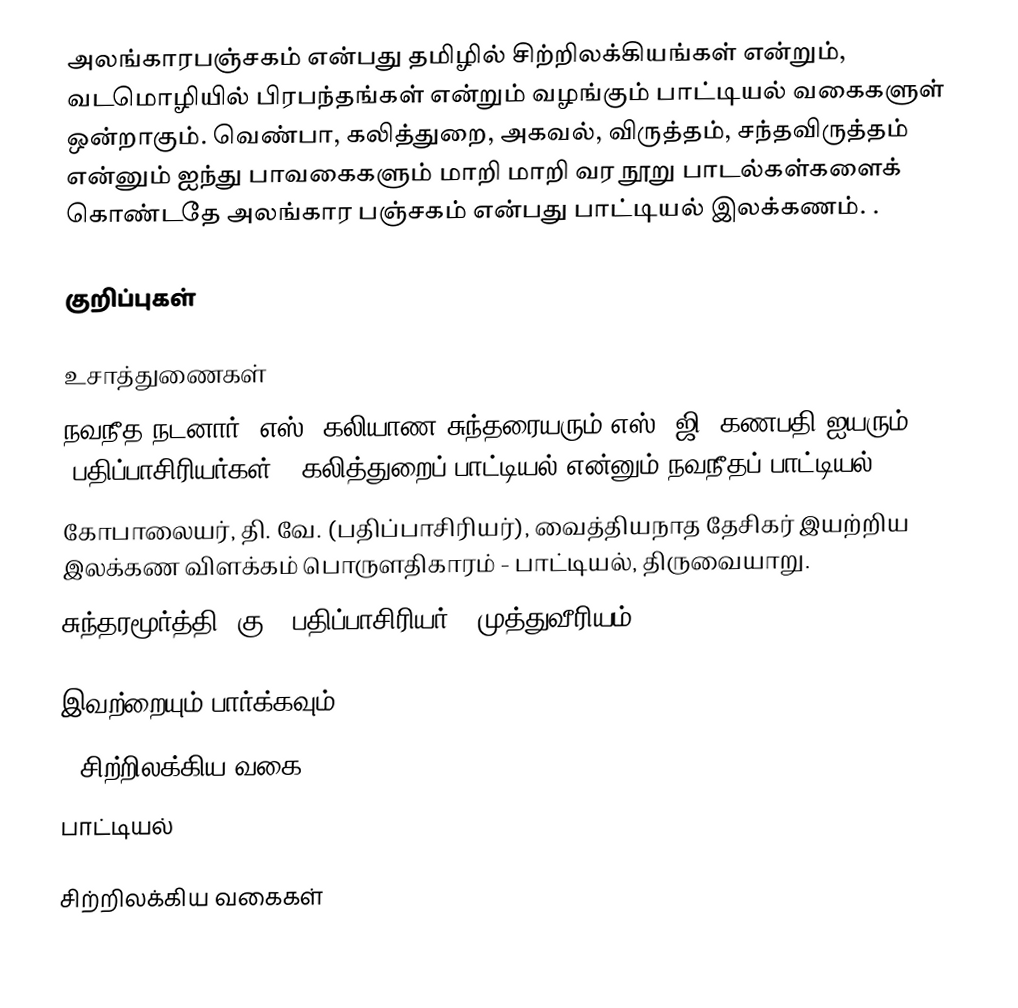
அலங்காரபஞ்சகம் என்பது தமிழில் சிற்றிலக்கியங்கள் என்றும், வடமொழியில் பிரபந்தங்கள் என்றும் வழங்கும் பாட்டியல் வகைகளுள் ஒன்றாகும். வெண்பா, கலித்துறை, அகவல், விருத்தம், சந்தவிருத்தம் என்னும் ஐந்து பாவகைகளும் மாறி மாறி வர நூறு பாடல்கள்களைக் கொண்டதே அலங்கார பஞ்சகம் என்பது பாட்டியல் இலக்கணம். .

குறிப்புகள்

உசாத்துணைகள்
 நவநீத நடனார், எஸ். கலியாண சுந்தரையரும் எஸ், ஜி. கணபதி ஐயரும் (பதிப்பாசிரியர்கள்), கலித்துறைப் பாட்டியல் என்னும் நவநீதப் பாட்டியல்
 கோபாலையர், தி. வே. (பதிப்பாசிரியர்), வைத்தியநாத தேசிகர் இயற்றிய இலக்கண விளக்கம் பொருளதிகாரம் - பாட்டியல், திருவையாறு.
 சுந்தரமூர்த்தி, கு. (பதிப்பாசிரியர்), முத்துவீரியம்

இவற்றையும் பார்க்கவும்
•	சிற்றிலக்கிய வகை
 பாட்டியல்

சிற்றிலக்கிய வகைகள்